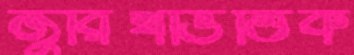
জুরিখভিত্তিক